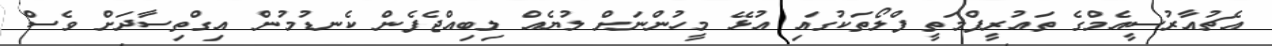
އެޗުއާރުސީއެމްގެ ތައުރީފްމަތީ ފްލޯތަކުގައި އުޅޭ މީހުންނަށް ލުޔެއް ލިބިއްޖެފެން ކެނޑުމުން އިގްތިސާދަށް ވެސް